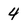
Character: 4